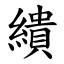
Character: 繢